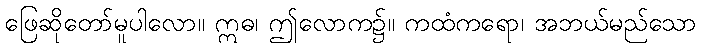
ဖြေဆိုတော်မူပါလော။ ဣဓ၊ ဤလောက၌။ ကထံကရော၊ အဘယ်မည်သော